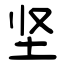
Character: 坚